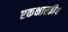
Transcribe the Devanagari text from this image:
एकक्षारकीय